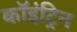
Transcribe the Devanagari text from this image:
कॉइंट्रिन